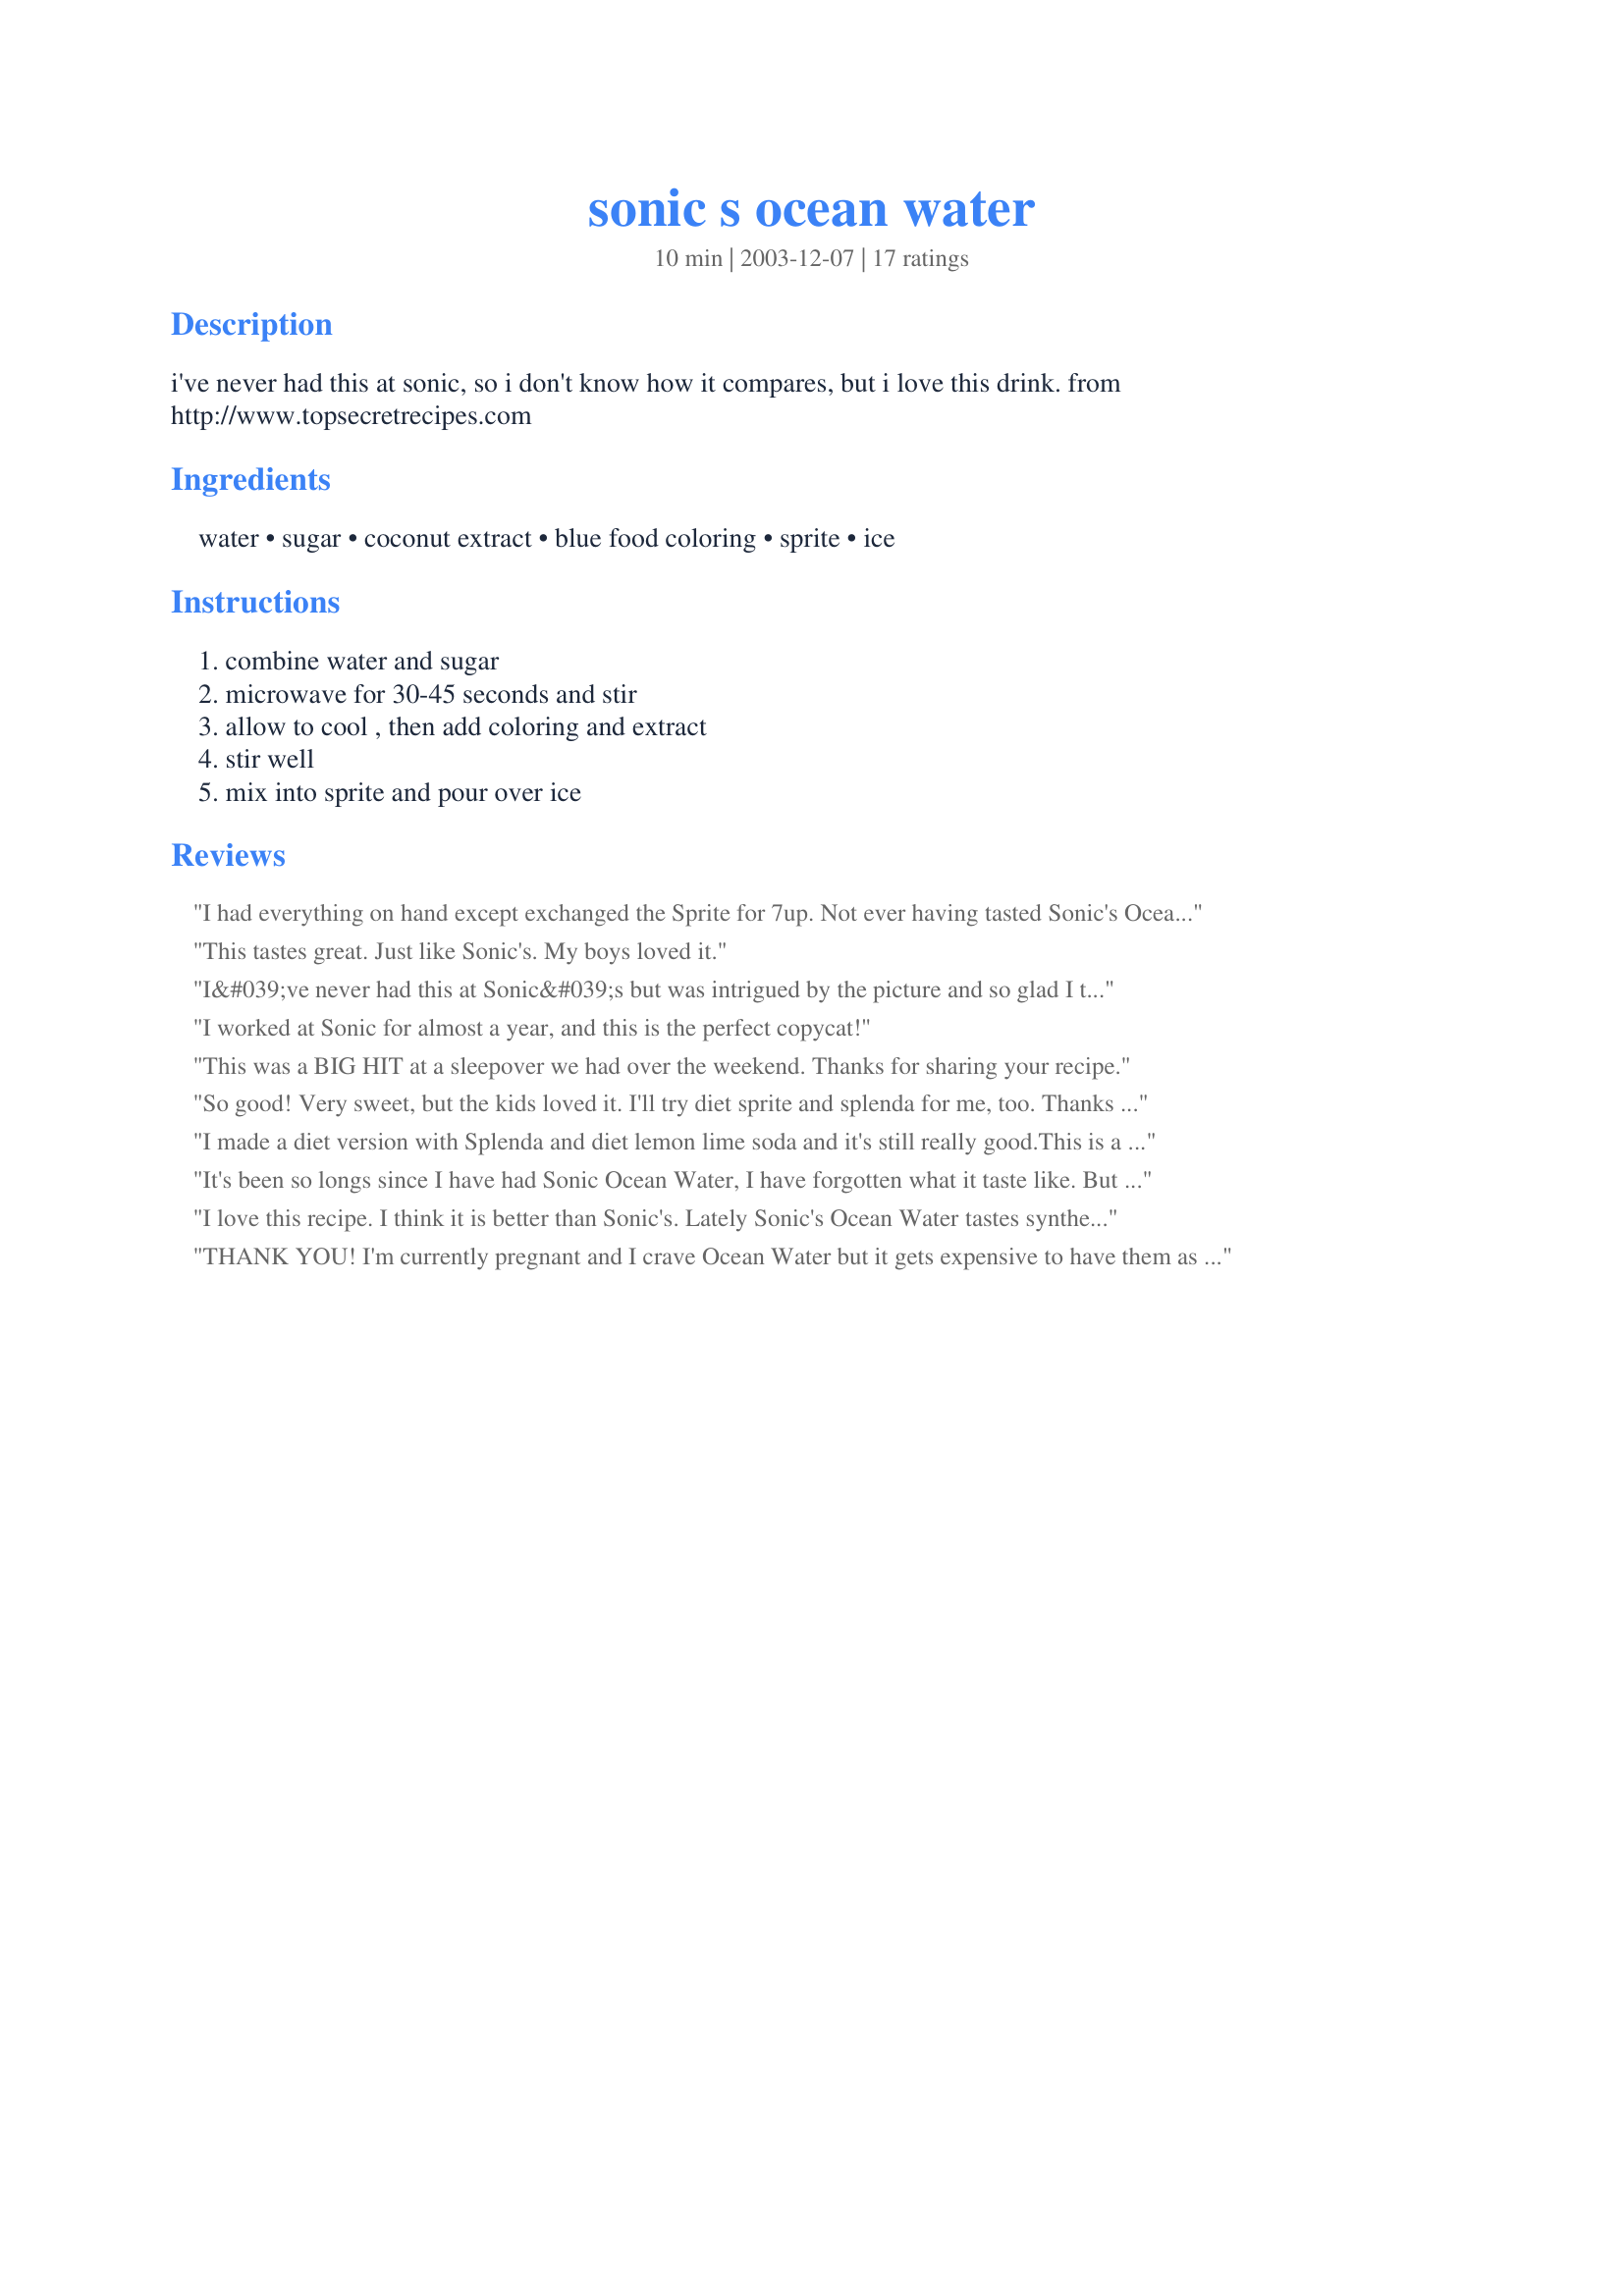
sonic s ocean water
Preparation time: 10 minutes

i've never had this at sonic, so i don't know how it compares, but i love this drink. from http://www.topsecretrecipes.com

Ingredients:
water, sugar, coconut extract, blue food coloring, sprite, ice

Steps:
combine water and sugar, microwave for 30-45 seconds and stir, allow to cool , then add coloring and extract, stir well, mix into sprite and pour over ice

Reviews:
I had everything on hand except exchanged the Sprite for 7up. Not ever having tasted Sonic's Ocean Water, I had nothing to compare it to, but my 3 yo grandson thought this was the cat's meow. Made for Zaar Chef Alaphabet Soup '09
This tastes great. Just like Sonic's. My boys loved it.
I&#039;ve never had this at Sonic&#039;s but was intrigued by the picture and so glad I tried it. I absolutely LOVE it the sugar water adds just enough of sweetness, I was afraid it&#039;d be to much but it wasn&#039;t. Since I&#039;m a coconut lover this really hit the spot. I did take a picture but didn&#039;t turn out as pretty as the one here so I&#039;ll have to get some more color and try again. I know I&#039;ll be making this a lot.
I worked at Sonic for almost a year, and this is the perfect copycat!
This was a BIG HIT at a sleepover we had over the weekend. Thanks for sharing your recipe.
So good! Very sweet, but the kids loved it. I'll try diet sprite and splenda for me, too. Thanks for sharing the recipe!
I made a diet version with Splenda and diet lemon lime soda and it's still really good.<br/><br/>This is a fun, refreshing drink that feels like a real treat!
It's been so longs since I have had Sonic Ocean Water, I have forgotten what it taste like. But this was really good. I halved the recipe so I could get just one serving and it was great. I loved the coconut taste. It's a great way to use a can of Sprite.
I love this recipe. I think it is better than Sonic's. Lately Sonic's Ocean Water tastes synthetic. This recipe tastes more like it should, like coconut. MMmmmmm.
THANK YOU! I'm currently pregnant and I crave Ocean Water but it gets expensive to have them as often as I like. This tastes JUST like Sonic's and now I can have it whenever I want to! I did add 1 extra drop of blue coloring and a little extra coconut.
YUM-O Tastes just like Sonic!
I love it, its now my favorite drink. It's totally good enough to make.
I just found this recipe and it's incredibly amusing! I've been adding coconut extract to my sprite all this time without knowing what I was making! I'm in Canada which is Sonic-less, so I had no idea this was what Ocean Water was (I'd heard of it but didn't know anything beyond it being blue). It began as a mix to put Malibu in but I got a taste for it. :) Now I want to make it blue just for fun!
I make this on 4th of July as my non-alcoholic beverage. Very good!
Although I'm not a fan of Coconut, this was a very good recipe. My kids liked it alot, so I'll probably make it more often for them.
This recipe is awesome! I used to go to Sonic down in Oklahoma in the summer. But back here in Illinois there's no Sonic around. So this recipe takes care of my Ocean Water cravings! Thanks!
What a delicious drink...I love anything coconut and this is so simple but so good....I've never been to Sonic, but I will surely make this drink on a regular basis...Thank you so much for a new find and a most excellent copykat....
